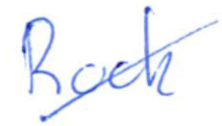
Text: Rock
Cross-out: diagonal
Writing tool: ballpoint